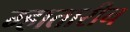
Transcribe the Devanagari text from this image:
म्हातारीन